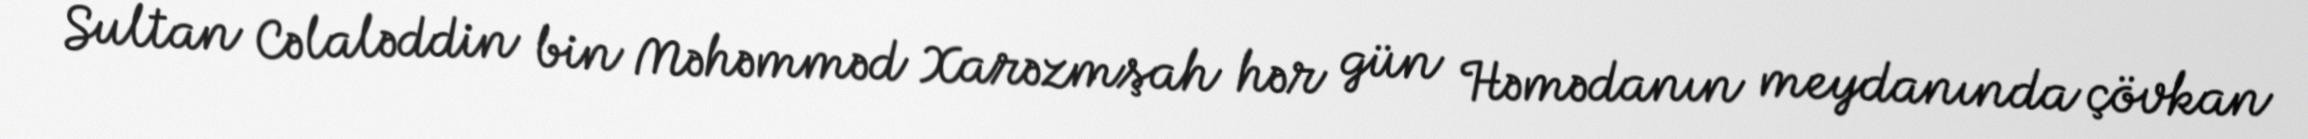
Sultan Cəlaləddin bin Məhəmməd Xarəzmşah hər gün Həmədanın meydanında çövkan